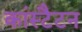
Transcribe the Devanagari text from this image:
कांस्टैटन